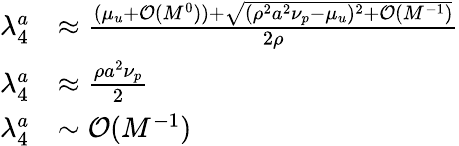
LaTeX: \begin{array}{rl}{\lambda_{4}^{a}}&{\approx\frac{(\mu_{u}+\mathcal{O}(M^{0}))+\sqrt{(\rho^{2}a^{2}\nu_{p}-\mu_{u})^{2}+\mathcal{O}(M^{-1})}}{2\rho}}\\ {\lambda_{4}^{a}}&{\approx\frac{\rho a^{2}\nu_{p}}{2}}\\ {\lambda_{4}^{a}}&{\sim\mathcal{O}(M^{-1})}\end{array}